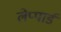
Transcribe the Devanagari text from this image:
लेप्पार्ड